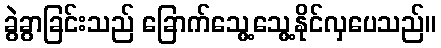
ခွဲခွာခြင်းသည် ခြောက်သွေ့သွေ့နိုင်လှပေသည်။